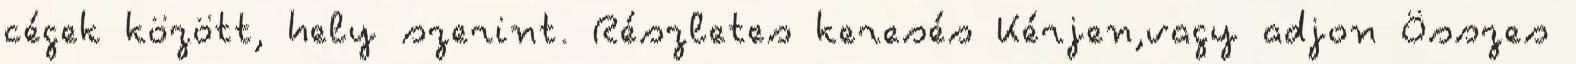
cégek között, hely szerint. Részletes keresés Kérjen,vagy adjon Összes